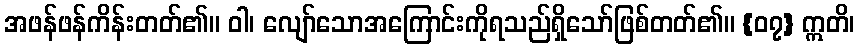
အဖန်ဖန်ကိန်းတတ်၏။ ဝါ၊ လျော်သောအကြောင်းကိုရသည်ရှိသော်ဖြစ်တတ်၏။ {၀၇} ဣတိ၊